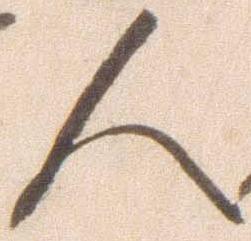
人